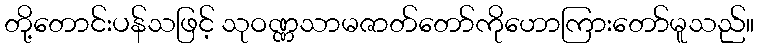
တို့တောင်းပန်သဖြင့် သုဝဏ္ဏသာမဇာတ်တော်ကိုဟောကြားတော်မူသည်။